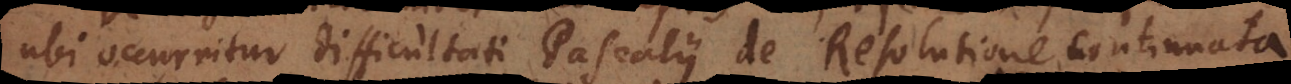
ubi occurritur difficultati Pascalii de Resolutione continuata